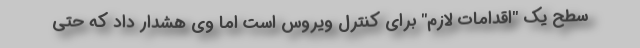
سطح یک "اقدامات لازم" برای کنترل ویروس است اما وی هشدار داد که حتی